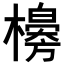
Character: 𣞌